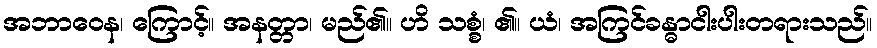
အဘာဝေန၊ ကြောင့်။ အနတ္တာ၊ မည်၏။ ဟိ သစ္စံ၊ ၏။ ယံ၊ အကြင်ခန္ဓာငါးပါးတရားသည်။